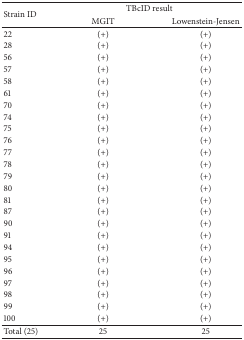
| <ROWSPAN=2> Strain ID | <COLSPAN=2> TBcID result |
 | MGIT | Lowenstein-Jensen |
 | --- | --- | --- |
 | 22 | (+) | (+) |
 | 28 | (+) | (+) |
 | 56 | (+) | (+) |
 | 57 | (+) | (+) |
 | 58 | (+) | (+) |
 | 61 | (+) | (+) |
 | 70 | (+) | (+) |
 | 74 | (+) | (+) |
 | 75 | (+) | (+) |
 | 76 | (+) | (+) |
 | 77 | (+) | (+) |
 | 78 | (+) | (+) |
 | 79 | (+) | (+) |
 | 80 | (+) | (+) |
 | 81 | (+) | (+) |
 | 87 | (+) | (+) |
 | 90 | (+) | (+) |
 | 91 | (+) | (+) |
 | 94 | (+) | (+) |
 | 95 | (+) | (+) |
 | 96 | (+) | (+) |
 | 97 | (+) | (+) |
 | 98 | (+) | (+) |
 | 99 | (+) | (+) |
 | 100 | (+) | (+) |
 | Total (25) | 25 | 25 |